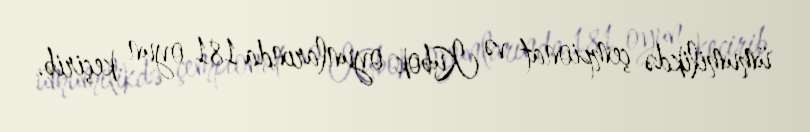
ümumilikdə çempionat və Kubok oyunlarında 181 oyun keçirib.